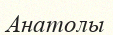
Анатолы